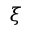
\xi